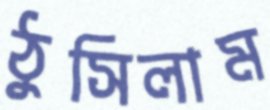
ঠুসিলাম